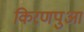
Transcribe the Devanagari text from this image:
किरणपुआ